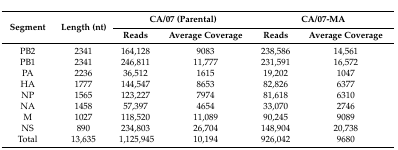
<table><thead><tr><td rowspan="2"><b>Segment</b></td><td rowspan="2"><b>Length (nt)</b></td><td colspan="2"><b>CA/07 (Parental)</b></td><td colspan="2"><b>CA/07-MA</b></td></tr><tr><td><b>Reads</b></td><td><b>Average Coverage</b></td><td><b>Reads</b></td><td><b>Average Coverage</b></td></tr></thead><tbody><tr><td>PB2</td><td>2341</td><td>164,128</td><td>9083</td><td>238,586</td><td>14,561</td></tr><tr><td>PB1</td><td>2341</td><td>246,811</td><td>11,777</td><td>231,591</td><td>16,572</td></tr><tr><td>PA</td><td>2236</td><td>36,512</td><td>1615</td><td>19,202</td><td>1047</td></tr><tr><td>HA</td><td>1777</td><td>144,547</td><td>8653</td><td>82,826</td><td>6377</td></tr><tr><td>NP</td><td>1565</td><td>123,227</td><td>7974</td><td>81,618</td><td>6310</td></tr><tr><td>NA</td><td>1458</td><td>57,397</td><td>4654</td><td>33,070</td><td>2746</td></tr><tr><td>M</td><td>1027</td><td>118,520</td><td>11,089</td><td>90,245</td><td>9089</td></tr><tr><td>NS</td><td>890</td><td>234,803</td><td>26,704</td><td>148,904</td><td>20,738</td></tr><tr><td>Total</td><td>13,635</td><td>1,125,945</td><td>10,194</td><td>926,042</td><td>9680</td></tr></tbody></table>